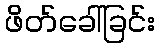
ဖိတ်ခေါ်ခြင်း